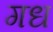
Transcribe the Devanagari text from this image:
गध